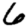
Digit: 6